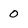
Character: O